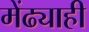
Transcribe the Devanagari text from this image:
मेंढ्याही